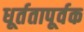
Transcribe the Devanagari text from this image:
धूर्ततापूर्वक